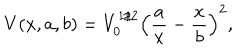
LaTeX: V ( x , a , b ) = V _ { 0 } ^ { 1 / 2 } \left( \frac { a } { x } - \frac { x } { b } \right) ^ { 2 } ,